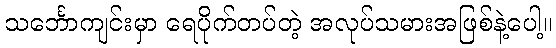
သင်္ဘောကျင်းမှာ ရေပိုက်တပ်တဲ့ အလုပ်သမားအဖြစ်နဲ့ပေါ့။